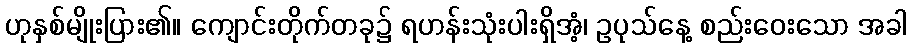
ဟုနှစ်မျိုးပြား၏။ ကျောင်းတိုက်တခု၌ ရဟန်းသုံးပါးရှိအံ့၊ ဥပုသ်နေ့ စည်းဝေးသော အခါ